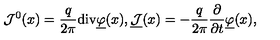
{ \mathcal J } ^ { 0 } ( x ) = \frac { q } { 2 \pi } \mathrm { d i v } \underline { { \varphi } } ( x ) , \underline { { { \mathcal J } } } ( x ) = - \frac { q } { 2 \pi } \frac { \partial } { \partial t } \underline { { \varphi } } ( x ) ,